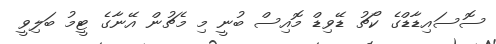
ސޮސައިޑާޑްގެ ކޯޗު ޑޭވިޑް މޮއިސް ބުނީ މި މެޗުން އޭނާގެ ޓީމު ބަލިވީ